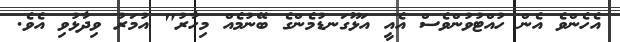
އެހެންވެ އެން ހުއްޓުވުންވެސް އެއީ އަޅޫގަނޑުމެންގެ ބޭނުމެއް މިހާރު" އުމަރު ވިދާޅުވި އެވެ.